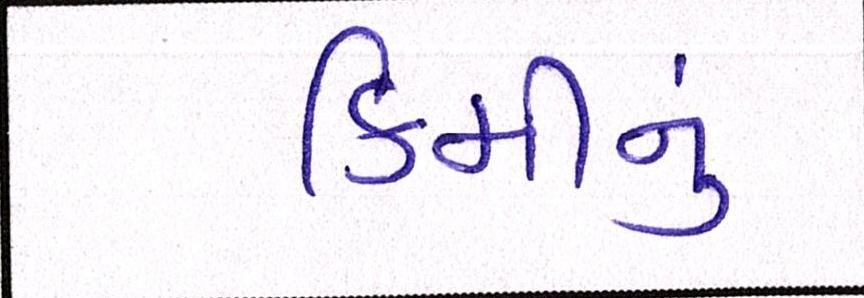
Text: કિમીનું